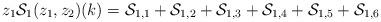
LaTeX: \begin{align*}z_{1}\mathcal{S}_{1}(z_{1},z_{2})(k) = \mathcal{S}_{1,1}+\mathcal{S}_{1,2}+\mathcal{S}_{1,3}+\mathcal{S}_{1,4}+\mathcal{S}_{1,5}+\mathcal{S}_{1,6}\end{align*}